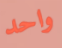
واحد